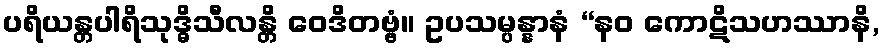
ပရိယန္တပါရိသုဒ္ဓိသီလန္တိ ဝေဒိတဗ္ဗံ။ ဥပသမ္ပန္နာနံ “နဝ ကောဋိသဟဿာနိ,